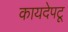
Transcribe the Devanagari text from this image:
कायदेपटू